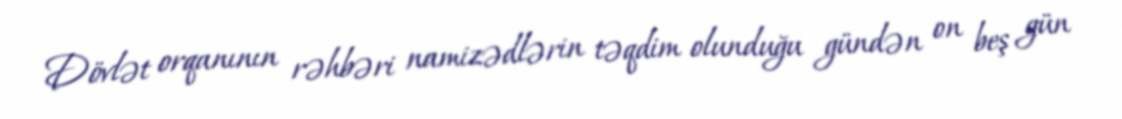
Dövlət orqanının rəhbəri namizədlərin təqdim olunduğu gündən on beş gün